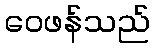
ဝေဖန်သည်